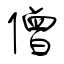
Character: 僧